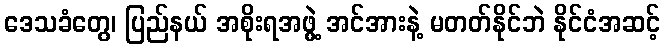
ဒေသခံတွေ၊ ပြည်နယ် အစိုးရအဖွဲ့ အင်အားနဲ့ မတတ်နိုင်ဘဲ နိုင်ငံအဆင့်